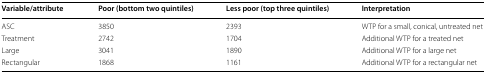
| Variable/attribute | Poor (bottom two quintiles) | Less poor (top three quintiles) | Interpretation |
 | --- | --- | --- | --- |
 | ASC | 3850 | 2393 | WTP for a small, conical, untreated net |
 | Treatment | 2742 | 1704 | Additional WTP for a treated net |
 | Large | 3041 | 1890 | Additional WTP for a large net |
 | Rectangular | 1868 | 1161 | Additional WTP for a rectangular net |